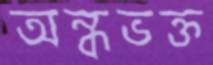
অন্ধভক্ত